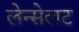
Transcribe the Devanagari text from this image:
लेन्सेलट